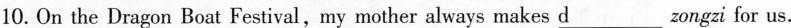
10.On the Dragon Boat Festival,my mother always makes \underlined zongzi for us.